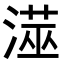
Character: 𭲁